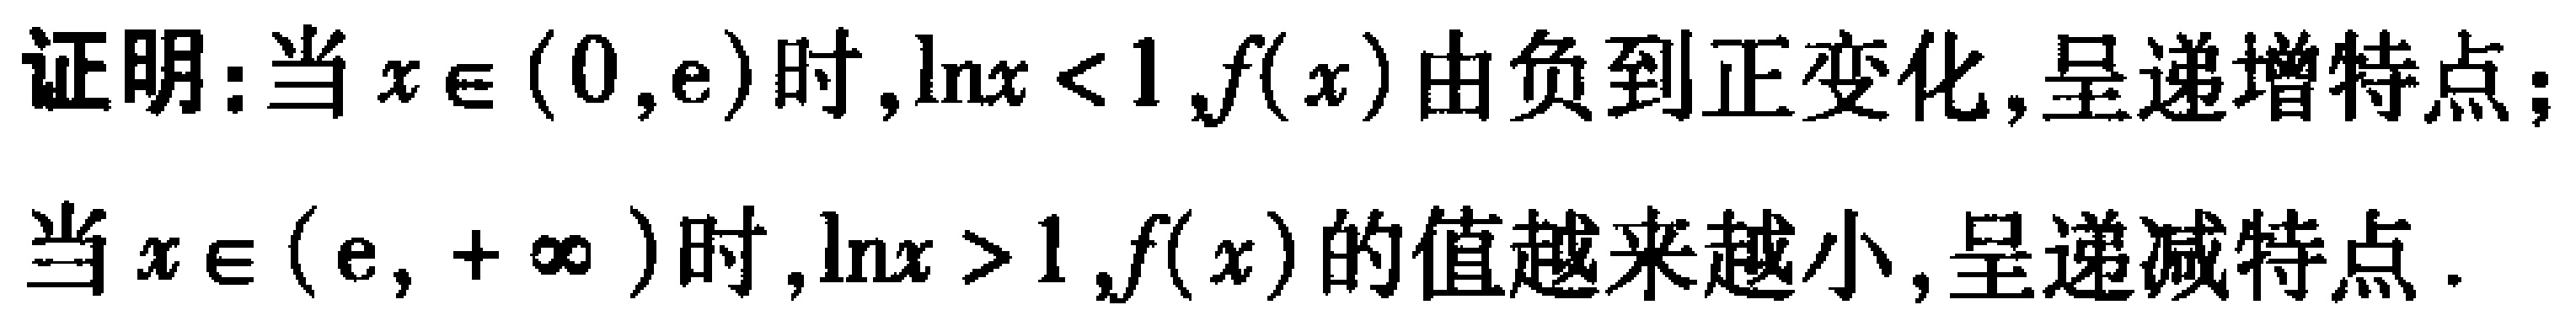
证明：当\(x\in(0,e)\)时,\(\ln x < 1\),\(f(x)\)由负到正变化,呈递增特点；

当\(x\in(e,+\infty)\)时,\(\ln x > 1\),\(f(x)\)的值越来越小,呈递减特点.